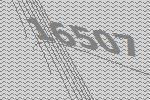
16507